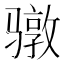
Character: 𮪥